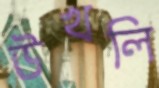
উখলি